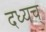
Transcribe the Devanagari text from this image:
दध्यच्